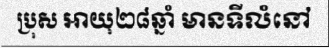
ប្រុស អាយុ២៨ឆ្នាំ មានទីលំនៅ